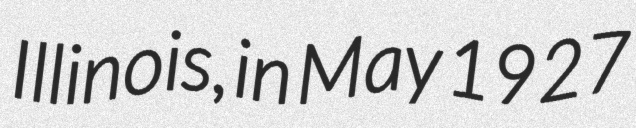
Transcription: Illinois, in May 1927